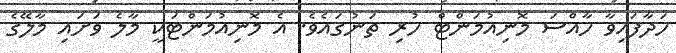
ހަދާފައިވާ ހާއްސަ މޮނިއުމަންޓް ހުރި ތަނުގައެވެ. އެ މޮނިއުމަންޓަކީ މާލެ ވަށައި މާލޭގެ